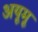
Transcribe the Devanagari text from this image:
अयूमू